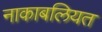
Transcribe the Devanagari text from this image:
नाकाबलियत